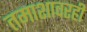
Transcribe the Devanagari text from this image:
तमाशावरही